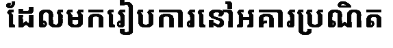
ដែលមករៀបការនៅអគារប្រណិត